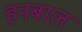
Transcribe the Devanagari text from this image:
हनबाल